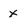
Character: x